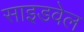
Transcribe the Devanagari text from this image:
साइडवेल